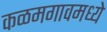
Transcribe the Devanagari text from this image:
कळमगावमध्ये